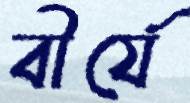
বীর্যে